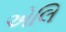
એલિ